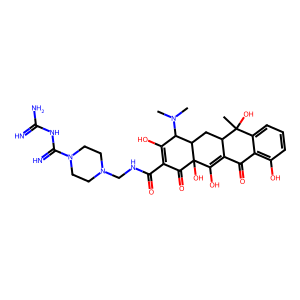
SMILES: CN(C)C1C(O)=C(C(=O)NCN2CCN(C(=N)NC(=N)N)CC2)C(=O)C2(O)C(O)=C3C(=O)c4c(O)cccc4C(C)(O)C3CC12
Inhibits HIV replication: No